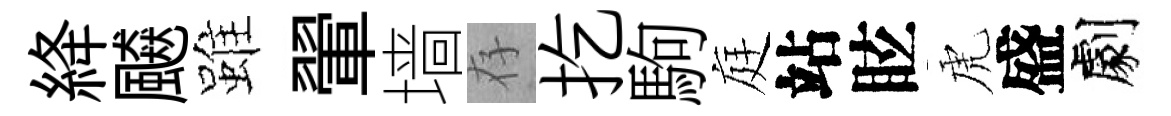
絳飇雖翬墙存扢駒庭站眩虎盛劇